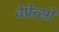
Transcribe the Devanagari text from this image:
वेप्रेत्सो